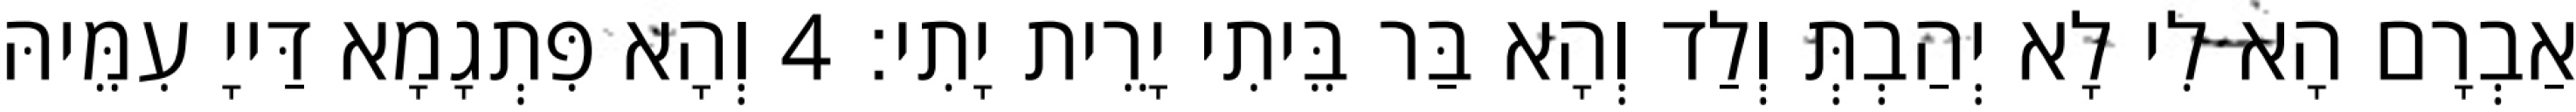
אַבְרָם הָא לִי לָא יְהַבְתְּ וְלַד וְהָא בַּר בֵּיתִי יָרֵית יָתִי׃ 4 וְהָא פִּתְגָמָא דַּייָ עִמֵּיהּ